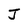
Character: J